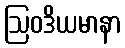
ဩဝဒိယမာနာ